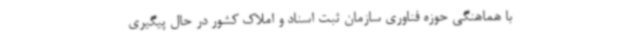
با هماهنگی حوزه فناوری سازمان ثبت اسناد و املاک کشور در حال پیگیری